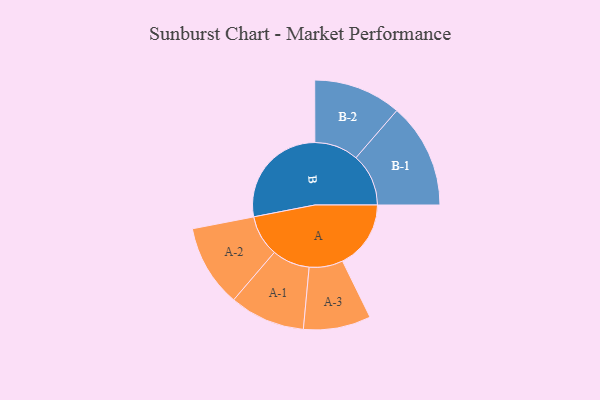
{"axis": {"x": "Segment", "y": "Value"}, "legend": ["", "A", "B"], "data": [{"x": "A", "y": 221, "type": ""}, {"x": "B", "y": 349, "type": ""}, {"x": "A-1", "y": 122, "type": "A"}, {"x": "A-2", "y": 133, "type": "A"}, {"x": "A-3", "y": 109, "type": "A"}, {"x": "B-1", "y": 170, "type": "B"}, {"x": "B-2", "y": 142, "type": "B"}]}